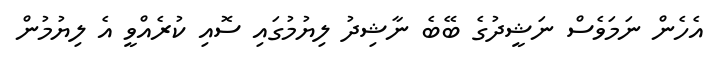
އެހެން ނަމަވެސް ނަޝީދުގެ ބޭބެ ނާޝިދު ލިޔުމުގައި ސޮއި ކުރެއްވީ އެ ލިޔުމުން